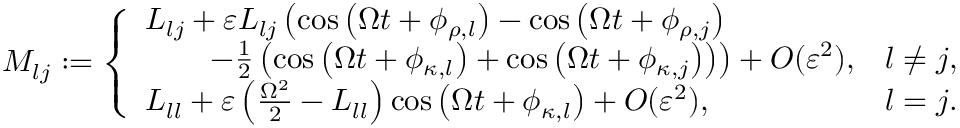
\begin{array} { r } { M _ { l j } : = \left\{ \begin{array} { l l } { L _ { l j } + \varepsilon L _ { l j } \left( \cos { \left( \Omega t + \phi _ { \rho , l } \right) } - \cos { \left( \Omega t + \phi _ { \rho , j } \right) } \right. } \\ { \left. \qquad - \frac { 1 } { 2 } \left( \cos { \left( \Omega t + \phi _ { \kappa , l } \right) } + \cos { \left( \Omega t + \phi _ { \kappa , j } \right) } \right) \right) + O ( \varepsilon ^ { 2 } ) , } & { l \neq j , } \\ { L _ { l l } + \varepsilon \left( \frac { \Omega ^ { 2 } } { 2 } - L _ { l l } \right) \cos { \left( \Omega t + \phi _ { \kappa , l } \right) } + O ( \varepsilon ^ { 2 } ) , } & { l = j . } \end{array} \right. } \end{array}